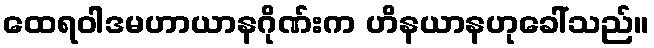
ထေရဝါဒမဟာယာနဂိုဏ်းက ဟိနယာနဟုခေါ်သည်။